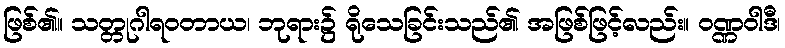
ဖြစ်၏။ သတ္တုဂါရဝတာယ၊ ဘုရား၌ ရိုသေခြင်းသည်၏ အဖြစ်ဖြင့်လည်း။ ဝဏ္ဏဝါဒီ၊